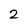
Character: 2